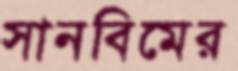
সানবিমের